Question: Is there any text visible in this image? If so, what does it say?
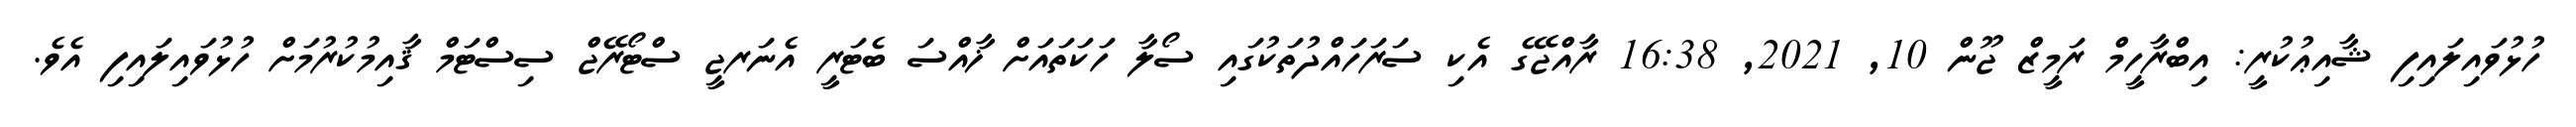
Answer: ހުޅުވައިލައިފި ޝާއިޢުކުރީ: އިބްރާހީމް ރަމީޒް ޖޫން 10, 2021, 16:38 ރާއްޖޭގެ އެކި ސަރަހައްދުތަކުގައި ސޯލާ ހަކަތައަށް ޚާއްސަ ބެޓަރީ އެނަރޖީ ސްޓޯރޭޖް ސިސްޓަމް ޤާއިމުކުރުމަށް ހުޅުވައިލައިފި އެވެ.